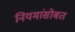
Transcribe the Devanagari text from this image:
नियमांसोबत